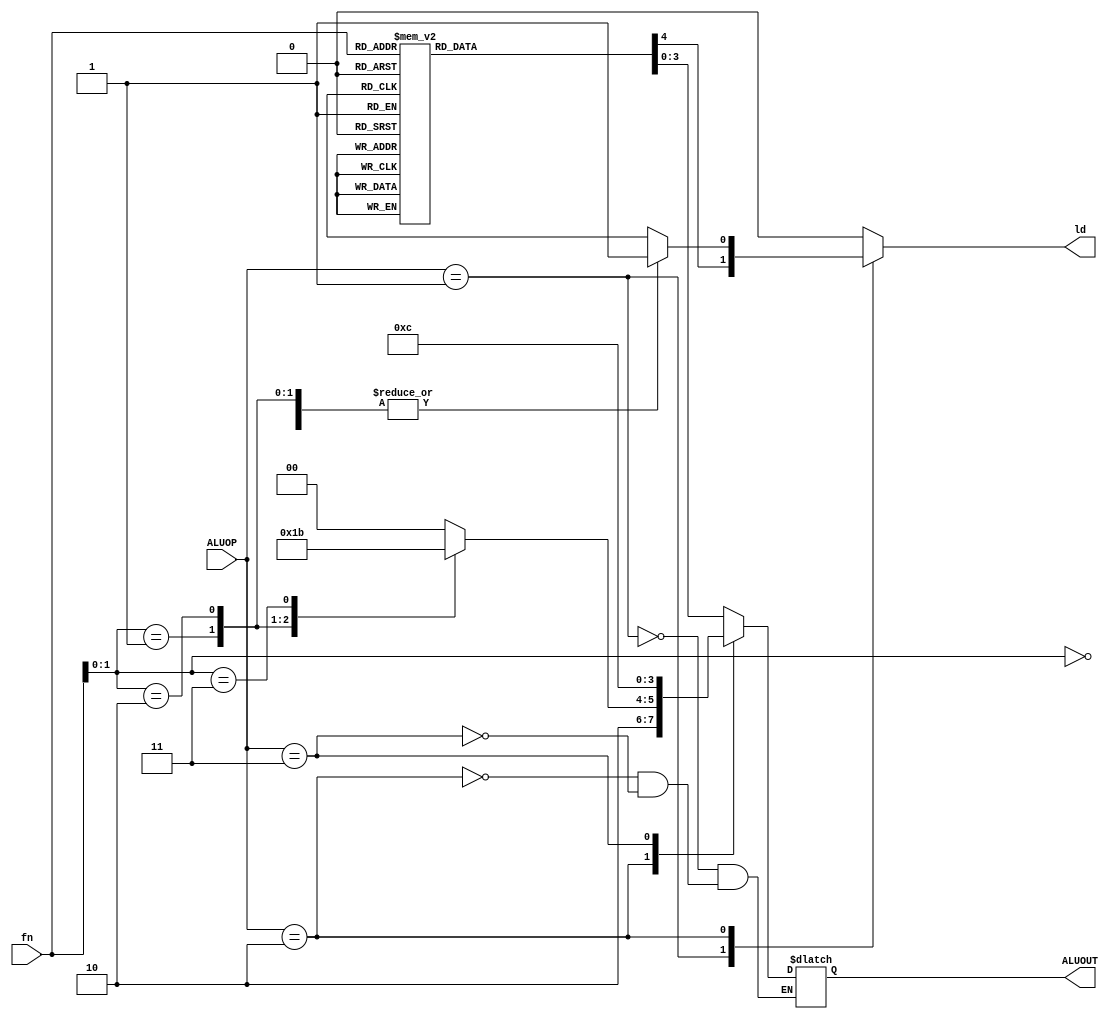
module ALUControl(
	input [1:0]ALUOP,
	input [2:0]fn,
	output reg[3:0]ALUOUT,
	output reg ld
);
	parameter [2:0] ADD = 3'b000, ADDC = 3'b001, SUB = 3'b010, SUBC = 3'b011, AND = 3'b100, OR = 3'b101, XOR = 3'b110, MASK = 3'b111;
	parameter [1:0] SHL = 2'b00, SHR = 2'b01, ROL = 2'b10, ROR = 2'b11;
	always @(ALUOP, fn) begin
		ld = 1'b0;
		case(ALUOP)
			1 : begin
					case(fn)
						ADD : begin
								ALUOUT = {1'b0, ADD};
								ld = 1'b1;
							  end
						ADDC: begin
								ALUOUT = {1'b0, ADDC};
								ld = 1'b1;
							  end
						SUB : begin
								ALUOUT = {1'b0, SUB};
								ld = 1'b1;
							  end
						SUBC: begin
								ALUOUT = {1'b0, SUBC};
								ld = 1'b1;
							  end
						AND : begin
								ALUOUT = {1'b0, AND};
								ld = 1'b1;
							  end
						OR  : begin
								ALUOUT = {1'b0, OR};
								ld = 1'b1;
							  end
						XOR : begin
								ALUOUT = {1'b0, XOR};
								ld = 1'b1;
							  end
						MASK: begin
								ALUOUT = {1'b0, MASK};
								ld = 1'b1;
							  end
					endcase
				end
			2 : begin
					case(fn[1:0])
						SHL: begin
								ALUOUT = {2'b10, SHL};
								ld = 1'b1;
							 end
						SHR: begin
								ALUOUT = {2'b10, SHR};
								ld = 1'b1;
							 end
						ROL: begin
								ALUOUT = {2'b10, ROL};
								ld = 1'b1;
							 end
						ROR: begin
								ALUOUT = {2'b10, ROR};
								ld = 1'b1;
							 end
					endcase
				end
			3 : begin
					ALUOUT = 4'b1100;
				end
		endcase
	end
endmodule

module ALUCTB();
	reg [1:0]ALUOP;
	reg [2:0]fn;
	wire[3:0]ALUOUT;
	wire ld;

	ALUControl a1(ALUOP, fn, ALUOUT, ld);
	initial begin
		ALUOP = 2'b00;
		fn = 3'b000;
		#50;
		ALUOP = 2'b00;
		fn = 3'b010;
		#50;
		ALUOP = 2'b00;
		fn = 3'b110;
		#50;
		ALUOP = 2'b00;
		fn = 3'b111;
		#50;
		ALUOP = 2'b01;
		fn = 3'b001;
		#50;
		ALUOP = 2'b01;
		fn = 3'b011;
		#50;
		ALUOP = 2'b10;
		fn = 3'b000;
		#50;
		ALUOP = 2'b10;
		fn = 3'b001;
		#50;
	end
endmodule